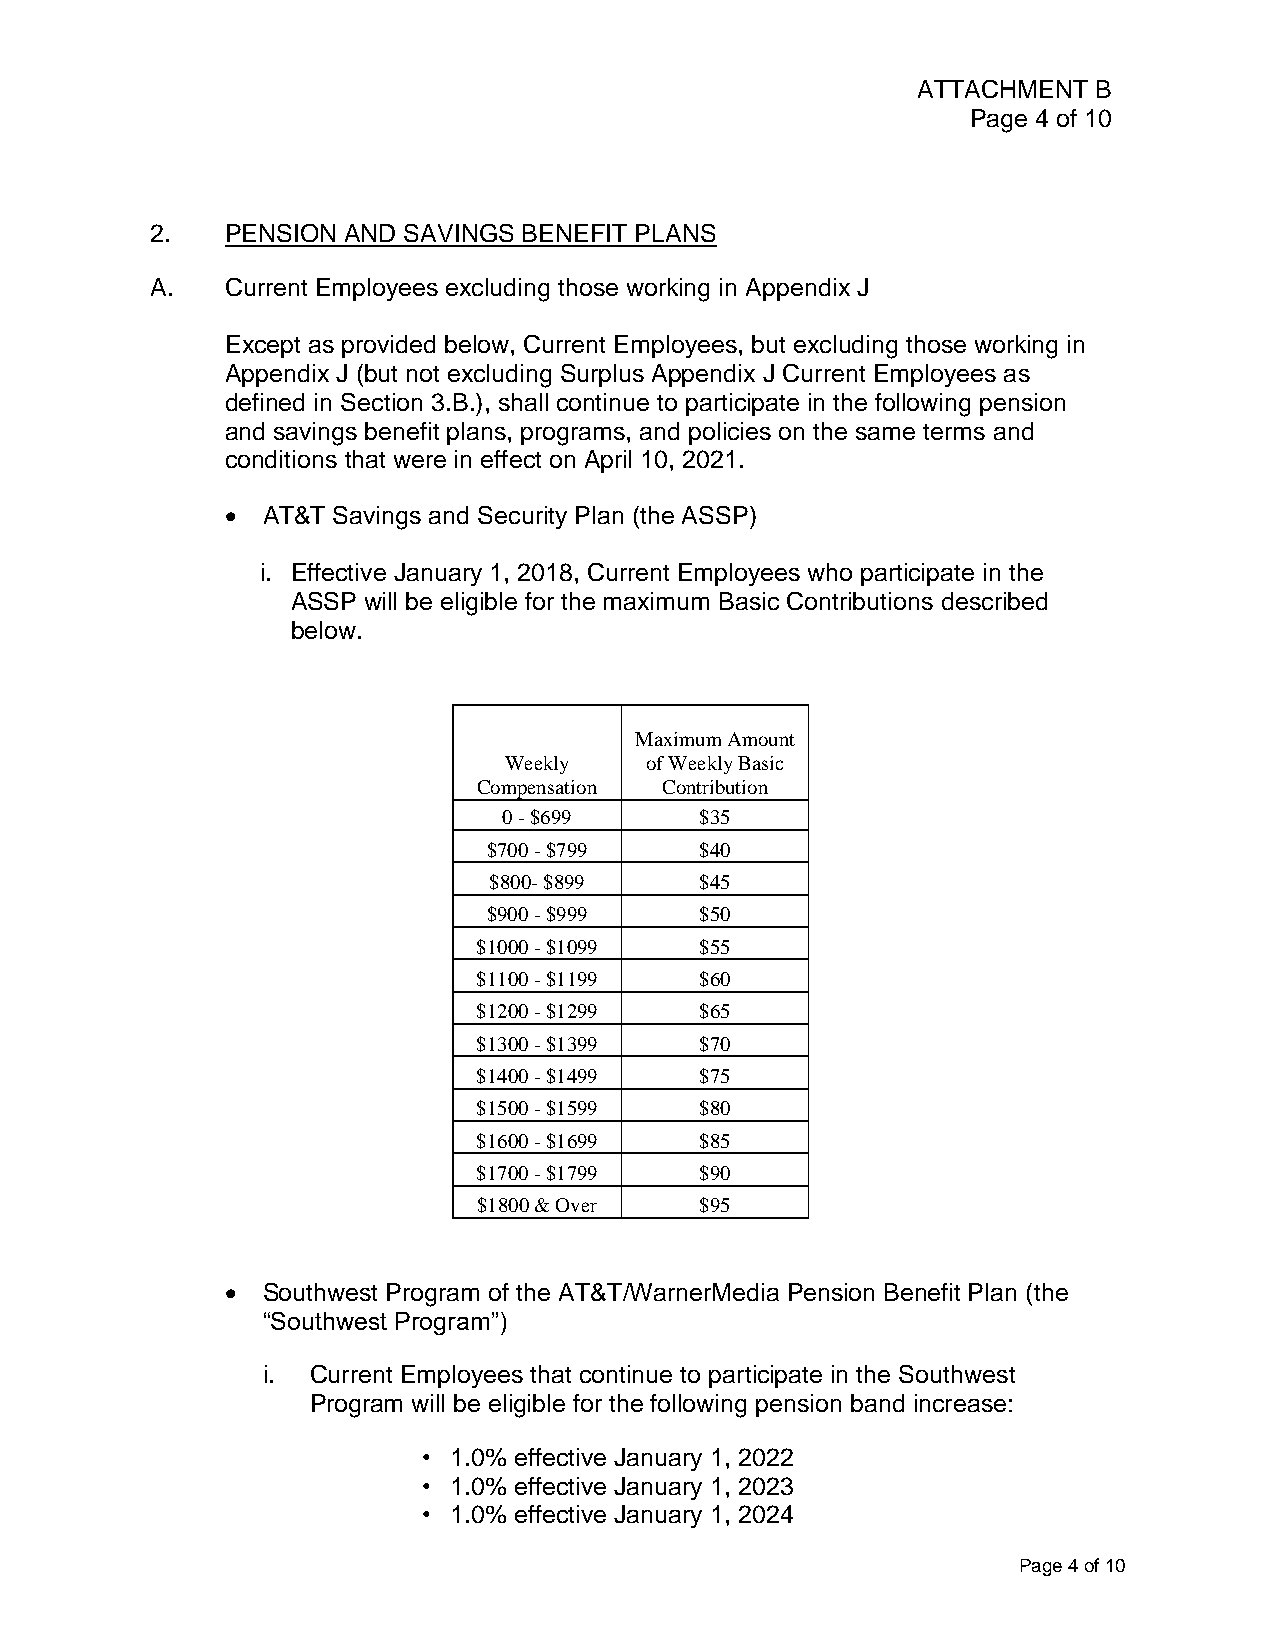
ATTACHMENT  B
 Page 4 of 10
 2.   PENSION AND SAVINGS BENEFIT PLANS
 A.   Current Employees excluding those working in Appendix J
 Except as provided below, Current Employees, but excluding those working in
 Appendix J (but not excluding Surplus Appendix J Current Employees as
 defined in Section 3.B.), shall continue to participate in the following pension
 and savings benefit plans, programs, and policies on the same terms and
 conditions that were in effect on April 10, 2021.
  AT&T Savings and Security Plan (the ASSP)
 i. Effective January 1, 2018, Current Employees who participate in the
 ASSP will be eligible for the maximum Basic Contributions described
 below.
 Maximum Amount
 Weekly    of Weekly Basic
 Compensation Contribution
 0 - $699     $35
 $700 - $799   $40
 $800- $899    $45
 $900 - $999   $50
 $1000 - $1099 $55
 $1100 - $1199 $60
 $1200 - $1299 $65
 $1300 - $1399 $70
 $1400 - $1499 $75
 $1500 - $1599 $80
 $1600 - $1699 $85
 $1700 - $1799 $90
 $1800 & Over  $95
  Southwest Program of the AT&T/WarnerMedia Pension Benefit Plan (the
 “Southwest Program”)
 i. Current Employees that continue to participate in the Southwest
 Program will be eligible for the following pension band increase:
 • 1.0% effective January 1, 2022
 • 1.0% effective January 1, 2023
 • 1.0% effective January 1, 2024
 Page 4 of 10